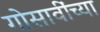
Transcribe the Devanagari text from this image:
गोसावींच्या